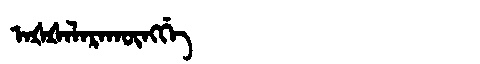
Manchu: ᠠᡧᡧᠠᠯᠠᡵᠠᡴᡡᠩᡤᡝ
Romanization: AŠŠALARAKŪNGGE